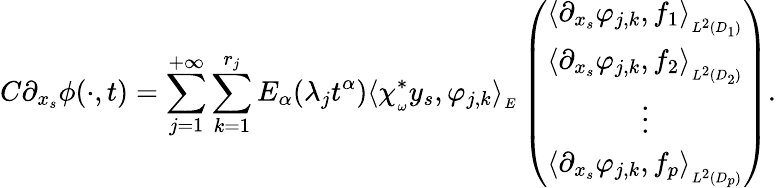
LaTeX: C\partial_{x_{s}}\phi(\cdot,t)=\displaystyle\sum_{j=1}^{+\infty}\sum_{k=1}^{r_{j}}E_{\alpha}(\lambda_{j}t^{\alpha})\langle\chi_{_\omega}^{*}y_{s},\varphi_{j,k}\rangle_{_{E}}\left(\begin{array}{c}{\langle\partial_{x_{s}}\varphi_{j,k},f_{1}\rangle_{_{L^{2}(D_{1})}}}\\ {\langle\partial_{x_{s}}\varphi_{j,k},f_{2}\rangle_{_{L^{2}(D_{2})}}}\\ {\vdots}\\ {\langle\partial_{x_{s}}\varphi_{j,k},f_{p}\rangle_{_{L^{2}(D_{p})}}}\end{array}\right).